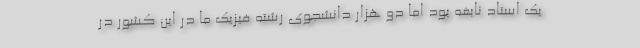
یک استاد نابغه بود اما دو هزار دانشجوی رشته فیزیک ما در این کشور در